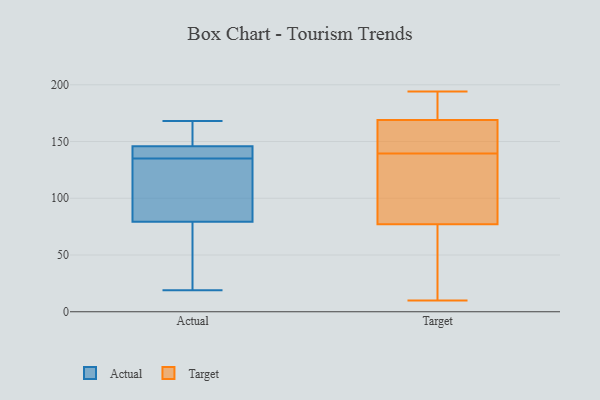
{"axis": {"x": "Satisfaction Score", "y": "Value"}, "legend": ["Actual", "Target"], "data": [{"x": "", "y": 66, "type": "Actual"}, {"x": "", "y": 70, "type": "Actual"}, {"x": "", "y": 145, "type": "Actual"}, {"x": "", "y": 160, "type": "Actual"}, {"x": "", "y": 116, "type": "Actual"}, {"x": "", "y": 107, "type": "Actual"}, {"x": "", "y": 168, "type": "Actual"}, {"x": "", "y": 64, "type": "Actual"}, {"x": "", "y": 141, "type": "Actual"}, {"x": "", "y": 135, "type": "Actual"}, {"x": "", "y": 19, "type": "Actual"}, {"x": "", "y": 135, "type": "Actual"}, {"x": "", "y": 110, "type": "Actual"}, {"x": "", "y": 155, "type": "Actual"}, {"x": "", "y": 146, "type": "Actual"}, {"x": "", "y": 34, "type": "Target"}, {"x": "", "y": 87, "type": "Target"}, {"x": "", "y": 166, "type": "Target"}, {"x": "", "y": 167, "type": "Target"}, {"x": "", "y": 183, "type": "Target"}, {"x": "", "y": 169, "type": "Target"}, {"x": "", "y": 97, "type": "Target"}, {"x": "", "y": 113, "type": "Target"}, {"x": "", "y": 169, "type": "Target"}, {"x": "", "y": 29, "type": "Target"}, {"x": "", "y": 194, "type": "Target"}, {"x": "", "y": 10, "type": "Target"}, {"x": "", "y": 168, "type": "Target"}, {"x": "", "y": 77, "type": "Target"}]}